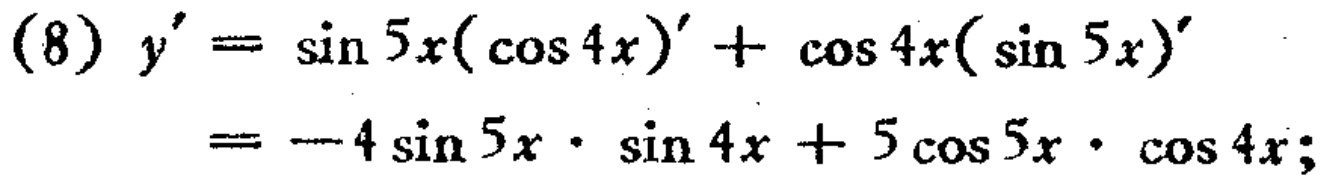
\begin{align*}
(8)y'&=\sin 5x(\cos 4x)'+\cos 4x(\sin 5x)'\\
&=-4\sin 5x\cdot\sin 4x + 5\cos 5x\cdot\cos 4x;
\end{align*}